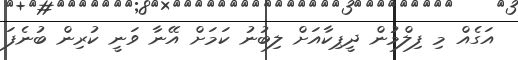
އަގެއް މި ފިލްމުން ދީޕިކާއަށް ލިބުނު ކަމަށް އޭނާ ވަނީ ކުރިން ބުނެފަ